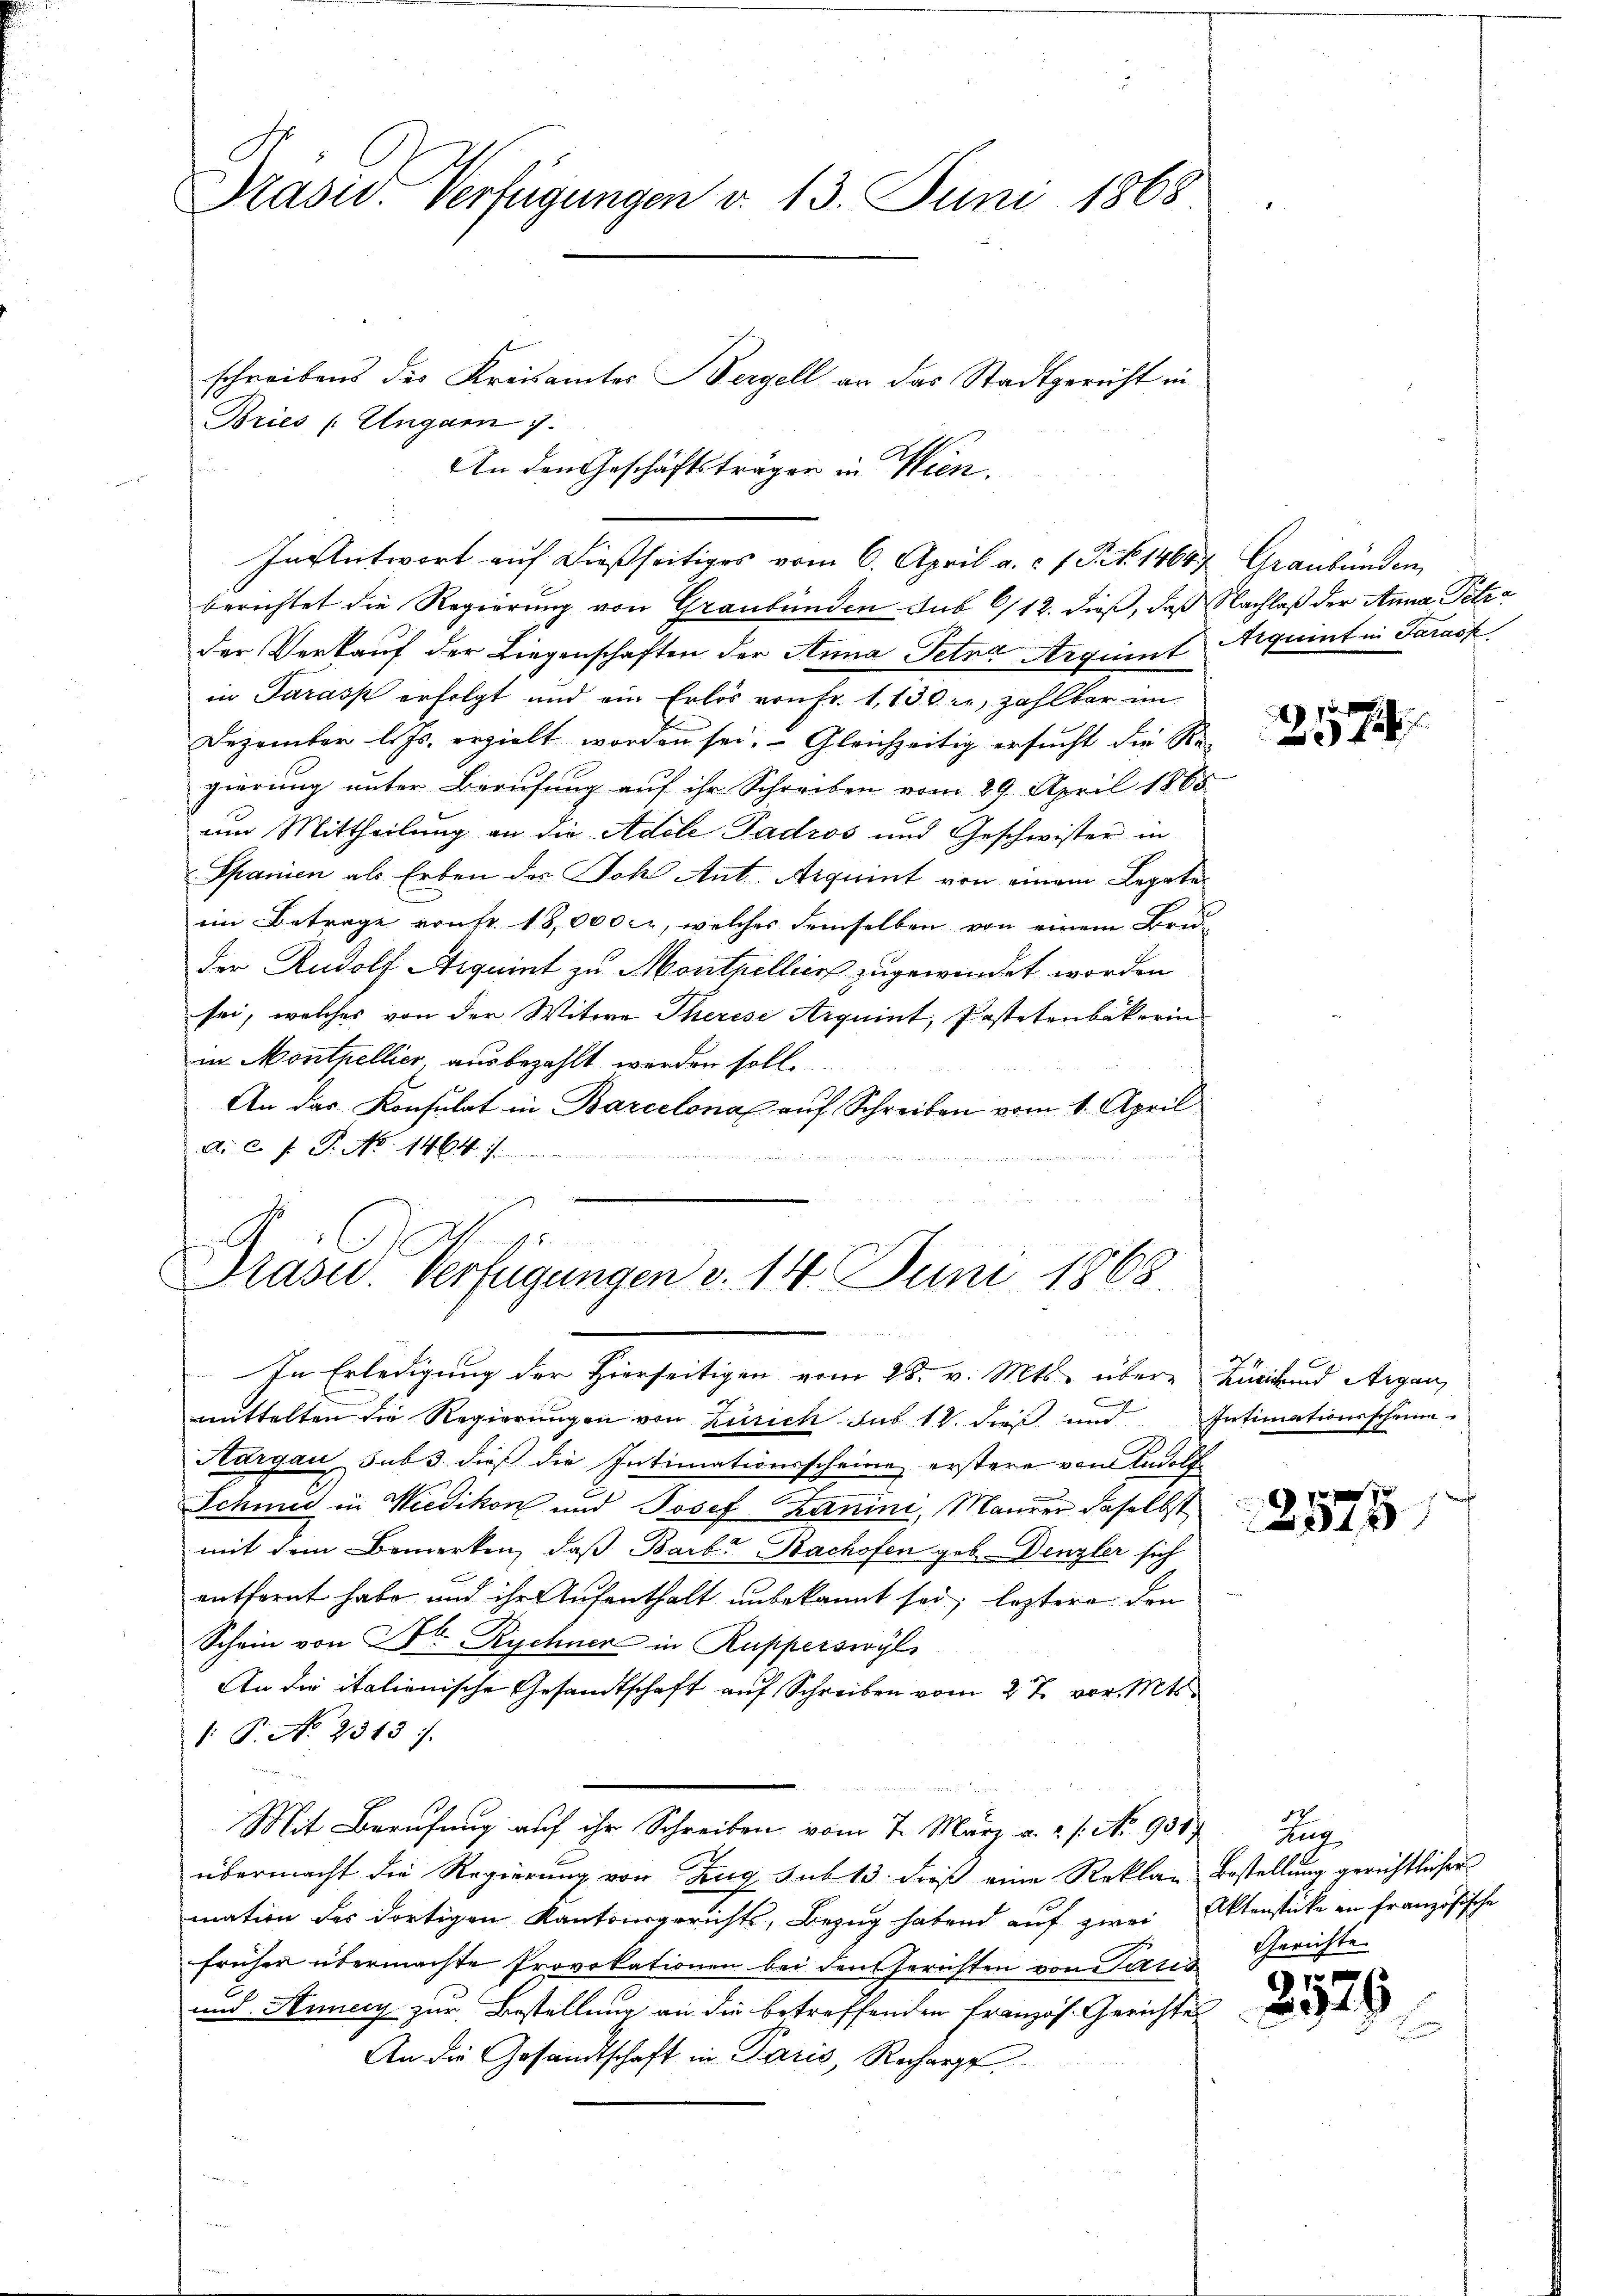
Präsid. Verfügungen d. 13. Juni 1868.

Bries /: Ungarn 7.
berichtet die Regierung von Graubünden sub 6/12. dieß, daß Nachlaß der Anna Petrder Verkauf der Liegenschaften der Anna Petna Arginnt Aequent in Sarack
in Parass erfolgt und ein Erlös von Fr. 1,130, zahlbar im
Dezember l. Js. erzielt worden sei. Gleichzeitig ersucht die Re-
gierung unter Berufung auf ihr Schreiben vom 29. April 1865
um Mittheilung an die Adele Padros und Geschwister in
Spanien als Erben der Joh Ant. Acquint von einem Legate
ein Betrage vonst 18,000 c, welches demselben von einem Bru
der Rudolf Aequint zu Montpellein zugewendet worden
soi, welches von der Witwe Therese Arquint, Pastetenbakerin
in Monthellier, ausbezahlt werden soll.
An das Konsulat in Barcelonal auf Schreiben vom 1. April
Ai c. fr. P. Nr. 1464

schreibens des Kreisamtes Bergell an das Stadtgericht in
An den Geschäftsträgen in Wien.
Insentwort auf dießseitiges vom 6. April a. c. 1 S. 1464 Graubünden,

.
Präsid. Verfügungen v. 14. Juni 1868.

In Erledigung der Hierseitigen vom 28. v. Mts. übere Lucirend Argau
mittelten die Regierungen von Zürich sub 14. dieß und Intimationsschrie-
Aargau sub 3. dieß die Intimationsscheine erstere von Rudolf
Schmied in Wiedikon und Josef Zanini, Maurer daselbst
mit dem Bemerken, daß Barb. Bachofen geb. Denzler sich
entfernt habe und ihr Aufenthalt unbekannt sei, leztere den
Schein von Dr Rychnen in Rupperswyl
An die italienische Gesandtschaft auf Schreiben vom 27. vor. Mts.
 P. No 2313).
Mit Berufung auf ihr Schreiben vom 7. März a. u. s. No. 931
übermacht die Regierung von Zug sub 13. dieß eine Reklar Bestellung gerichtlicher
mation des dortigen Kantonsgerichts, Bezug habend auf zwei Aktenstücke in französische
früher übermachte Provokationen bei den Gerichten von Paris
und Annecy zur Bestellung an die betreffenden Französ. Gerichtes
An die Gesandtschaft in Paris, Recharg
u

2174

7
2315

Rug
Gerichte.

2529